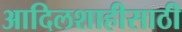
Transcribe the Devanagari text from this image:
आदिलशाहीसाठी